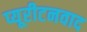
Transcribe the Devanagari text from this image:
प्यूरीटनवाद